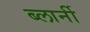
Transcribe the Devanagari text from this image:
ब्लार्नी